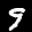
Label: 9